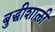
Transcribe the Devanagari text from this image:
बुद्धीशाली